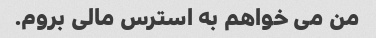
من می خواهم به استرس مالی بروم.